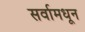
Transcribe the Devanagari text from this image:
सर्वामधून